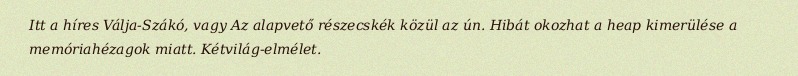
Itt a híres Válja-Szákó, vagy Az alapvető részecskék közül az ún. Hibát okozhat a heap kimerülése a memóriahézagok miatt. Kétvilág-elmélet.